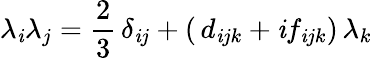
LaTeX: \lambda_{\mathit{i}}\lambda_{j}=\frac{{2}}{{3}}\, \delta_{\mathit{i}j}+(\, d_{\mathit{i}jk}+\mathit{i}f_{\mathit{i}jk})\, \lambda_{k}